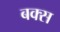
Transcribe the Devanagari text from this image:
बक्‍स